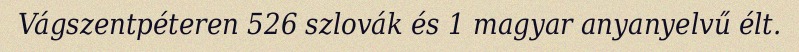
Vágszentpéteren 526 szlovák és 1 magyar anyanyelvű élt.